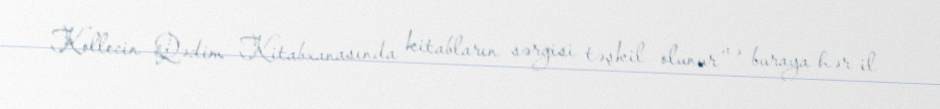
Kollecin Qədim Kitabxanasında kitabların sərgisi təşkil olunur və buraya hər il